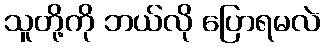
သူတို့ကို ဘယ်လို ပြောရမလဲ